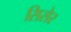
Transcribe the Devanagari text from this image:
सिसेर